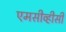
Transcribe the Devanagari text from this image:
एमसीव्हीसी